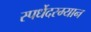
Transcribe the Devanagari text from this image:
स्पर्धेेदरम्यान